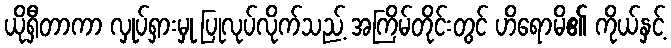
ယိုရှီတာကာ လှုပ်ရှားမှု ပြုလုပ်လိုက်သည့် အကြိမ်တိုင်းတွင် ဟိရောမိ၏ ကိုယ်နှင့်